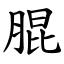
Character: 䐊